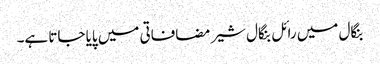
بنگال میں رائل بنگال شیر مضافاتی میں پایا جاتا ہے۔